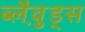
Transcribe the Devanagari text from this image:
ब्लैव़ुड्स